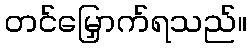
တင်မြှောက်ရသည်။